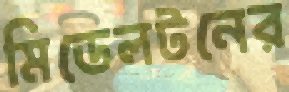
মিডেলটনের